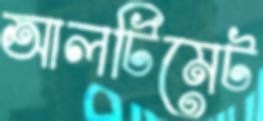
আলটিমেট